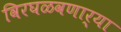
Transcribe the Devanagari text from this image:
विरघळवणार्या